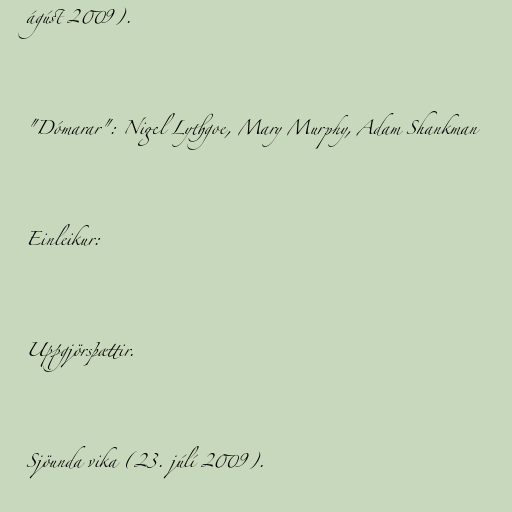
ágúst 2009).

"Dómarar": Nigel Lythgoe, Mary Murphy, Adam Shankman

Einleikur:

Uppgjörsþættir.

Sjöunda vika (23. júlí 2009).